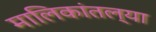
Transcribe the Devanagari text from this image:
मालिकांतल्या